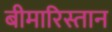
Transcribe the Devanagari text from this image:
बीमारिस्तान